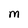
Character: M